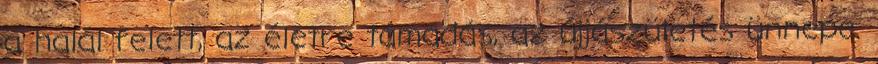
a halál felett, az életre támadás, az újjászületés ünnepe.